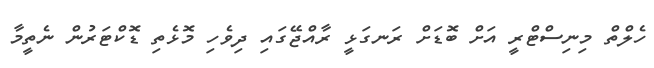
ހެލްތް މިނިސްޓްރީ އަށް ބޮޑަށް ރަނގަޅީ ރާއްޖޭގައި ދިވެހި މޮޅެތި ޑޮކްޓަރުން ނެތީމާ